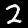
Label: 2